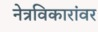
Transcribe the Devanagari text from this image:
नेत्रविकारांवर